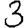
Digit: 3